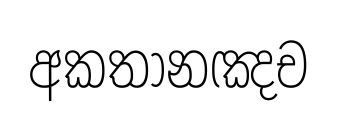
අකතානඤච